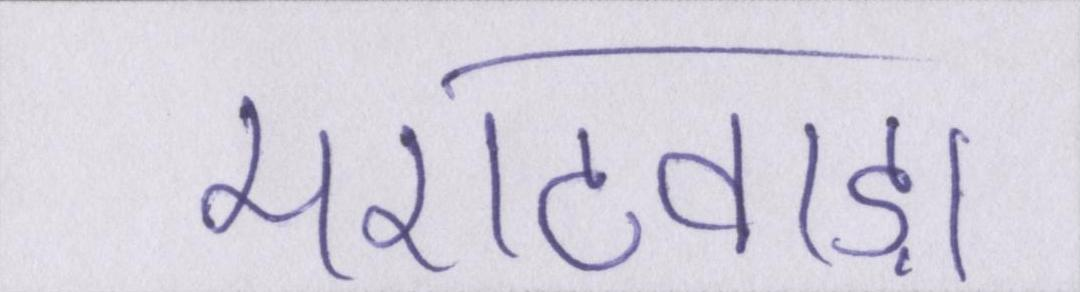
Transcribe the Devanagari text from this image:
मराठवाड़ा